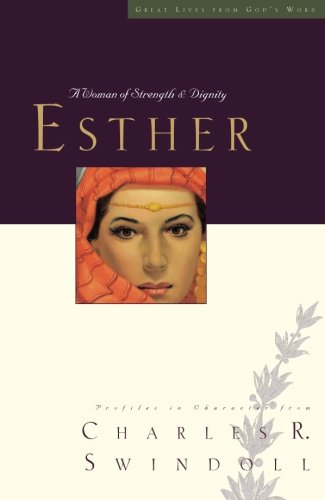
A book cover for Esther: A Woman of Strength and Dignity (Great Lives Series); Charles R. Swindoll; Christian Books & Bibles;